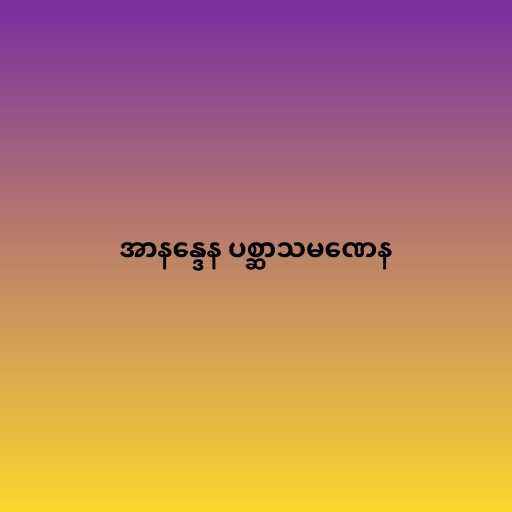
အာနန္ဒေန ပစ္ဆာသမဏေန